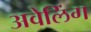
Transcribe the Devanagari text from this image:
अवेलिंग